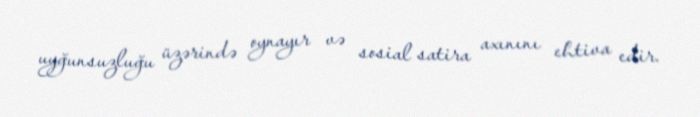
uyğunsuzluğu üzərində oynayır və sosial satira axınını ehtiva edir.